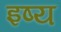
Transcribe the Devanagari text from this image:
इष्य